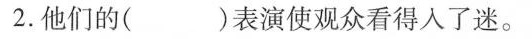
2.他们的（ ）表演使观众看得入了迷。